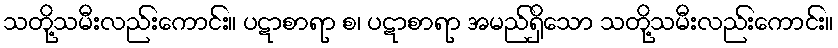
သတို့သမီးလည်းကောင်း။ ပဋာစာရာ စ၊ ပဋာစာရာ အမည်ရှိသော သတို့သမီးလည်းကောင်း။